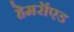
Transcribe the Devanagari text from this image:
हेमरॉएड